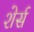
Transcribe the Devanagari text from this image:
शेर्स